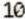
10